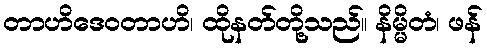
တာဟိဒေဝတာဟိ၊ ထိုနတ်တို့သည်။ နိမ္မိတံ၊ ဖန်